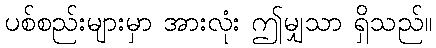
ပစ်စည်းများမှာ အားလုံး ဤမျှသာ ရှိသည်။